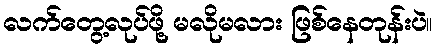
လက်တွေ့လုပ်ဖို့ မလိုမလား ဖြစ်နေတုန်းပဲ။